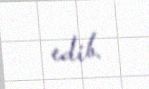
edib.